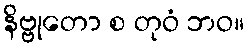
နိဗ္ဗုတော စ တုဝံ ဘဝ။